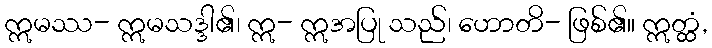
ဣမဿ- ဣမသဒ္ဒါ၏၊ ဣ- ဣအပြု သည်၊ ဟောတိ- ဖြစ်၏။ ဣတ္ထံ,